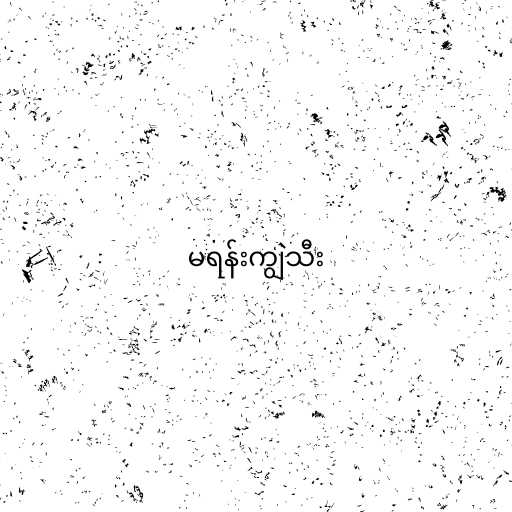
မရန်းကျွဲသီး